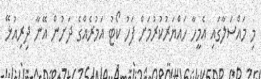
މި މައްސަލާގައި އެމީހާ ހައްޔަރުކުރުމަށް ފަހު ކޯޓު އަމުރެއްގެ ދަށުން އޭނާ ދިރިއުޅޭ